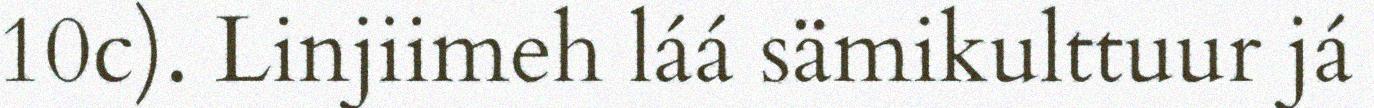
10c). Linjiimeh láá sämikulttuur já